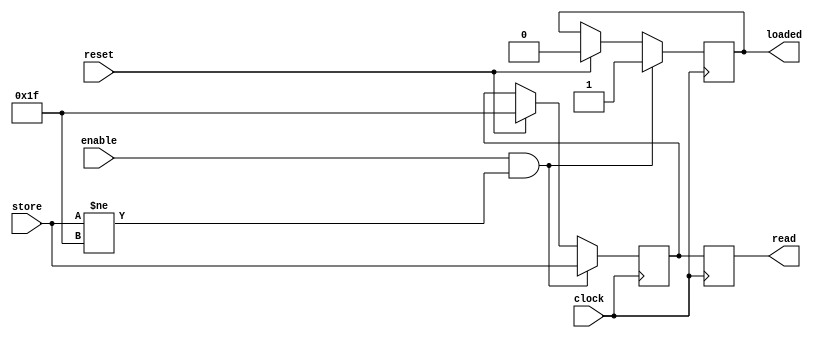
module Register5Bit (clock, reset, store, read, enable, loaded);
	input clock, reset, enable;
	input [4:0] store;
	output reg [4:0] read;
	output reg loaded;
	reg [4:0] fiveBit;
	
	initial 
	begin
	fiveBit = 5'b11111;
	loaded = 0;
	end
	always @ (posedge clock)
	begin
		if (reset)
		begin
			fiveBit <= 5'b11111;
			loaded <= 0;
		end 
		if ((enable) && (store != 5'b11111))
		begin
			fiveBit <= store;
			loaded <= 1;
		end 
		
		read <= fiveBit;
			
	end
	
endmodule